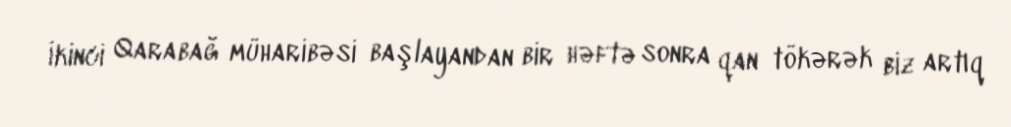
İkinci Qarabağ müharibəsi başlayandan bir həftə sonra qan tökərək biz artıq